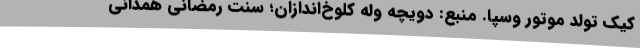
کیک تولد موتور وسپا. منبع: دویچه وله کُلوخ‌اندازان؛ سنت رمضانی همدانی